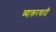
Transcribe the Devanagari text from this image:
व्याकरणादी